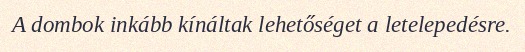
A dombok inkább kínáltak lehetőséget a letelepedésre.